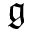
\mathfrak { g }